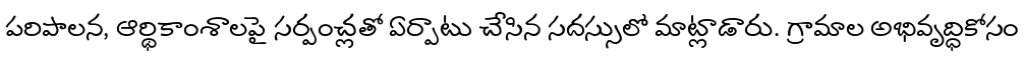
పరిపాలన, ఆర్థికాంశాలపై సర్పంచ్లతో ఏర్పాటు చేసిన సదస్సులో మాట్లాడారు. గ్రామాల అభివృద్ధికోసం